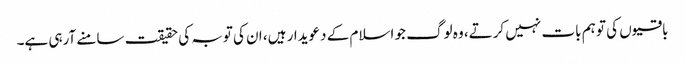
باقیوں کی تو ہم بات نہیں کرتے، وہ لوگ جو اسلام کے دعویدار ہیں، ان کی توبہ کی حقیقت سامنے آرہی ہے۔